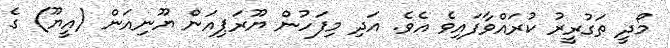
މޯދީ ތަގުރީރު ކުރައްވާފަައިވެ އެވެ. އަދި މިފަހުން ޔޫރަޕިއަން ޔޫނިއަން (އީޔޫ) ގެ